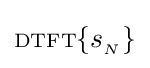
\scriptstyle {\rm {DTFT}}\displaystyle \{s_{_{N}}\}